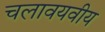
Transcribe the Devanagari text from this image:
चलावयवीय